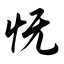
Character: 怃